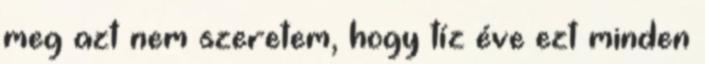
meg azt nem szeretem, hogy tíz éve ezt minden